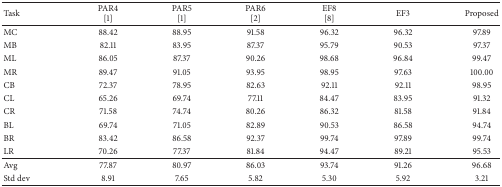
<table><thead><tr><td><b>Task </b></td><td><b>PAR4[1]</b></td><td><b>PAR5[1]</b></td><td><b>PAR6[2]</b></td><td><b>EF8[8]</b></td><td><b>EF3</b></td><td><b>Proposed</b></td></tr></thead><tbody><tr><td>MC</td><td>88.42</td><td>88.95</td><td>91.58</td><td>96.32</td><td>96.32</td><td>97.89</td></tr><tr><td>MB</td><td>82.11</td><td>83.95</td><td>87.37</td><td>95.79</td><td>90.53</td><td>97.37</td></tr><tr><td>ML</td><td>86.05</td><td>87.37</td><td>90.26</td><td>98.68</td><td>96.84</td><td>99.47</td></tr><tr><td>MR</td><td>89.47</td><td>91.05</td><td>93.95</td><td>98.95</td><td>97.63</td><td>100.00</td></tr><tr><td>CB</td><td>72.37</td><td>78.95</td><td>82.63</td><td>92.11</td><td>92.11</td><td>98.95</td></tr><tr><td>CL</td><td>65.26</td><td>69.74</td><td>77.11</td><td>84.47</td><td>83.95</td><td>91.32</td></tr><tr><td>CR</td><td>71.58</td><td>74.74</td><td>80.26</td><td>86.32</td><td>81.58</td><td>91.84</td></tr><tr><td>BL</td><td>69.74</td><td>71.05</td><td>82.89</td><td>90.53</td><td>86.58</td><td>94.74</td></tr><tr><td>BR</td><td>83.42</td><td>86.58</td><td>92.37</td><td>99.74</td><td>97.89</td><td>99.74</td></tr><tr><td>LR</td><td>70.26</td><td>77.37</td><td>81.84</td><td>94.47</td><td>89.21</td><td>95.53</td></tr><tr><td>Avg</td><td>77.87</td><td>80.97</td><td>86.03</td><td>93.74</td><td>91.26</td><td>96.68</td></tr><tr><td>Std dev</td><td>8.91</td><td>7.65</td><td>5.82</td><td>5.30</td><td>5.92</td><td>3.21</td></tr></tbody></table>